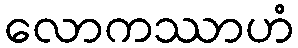
လောကဿာဟံ